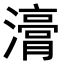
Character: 𭳇